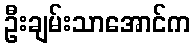
ဦးချမ်းသာအောင်က